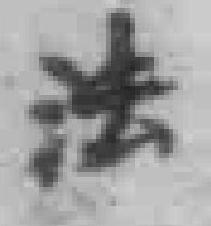
法